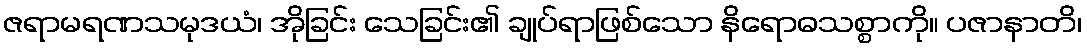
ဇရာမရဏသမုဒယံ၊ အိုခြင်း သေခြင်း၏ ချုပ်ရာဖြစ်သော နိရောဓသစ္စာကို။ ပဇာနာတိ၊